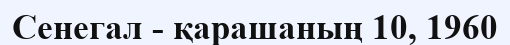
Сенегал - қарашаның 10, 1960